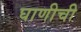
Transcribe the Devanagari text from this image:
घाणीची